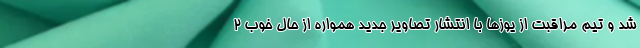
شد و تیم مراقبت از یوزها با انتشار تصاویر جدید همواره از حال خوب 2